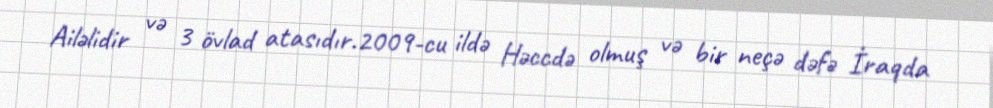
Ailəlidir və 3 övlad atasıdır.2009-cu ildə Həccdə olmuş və bir neçə dəfə İraqda